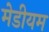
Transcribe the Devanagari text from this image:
मेडीयम